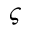
\varsigma